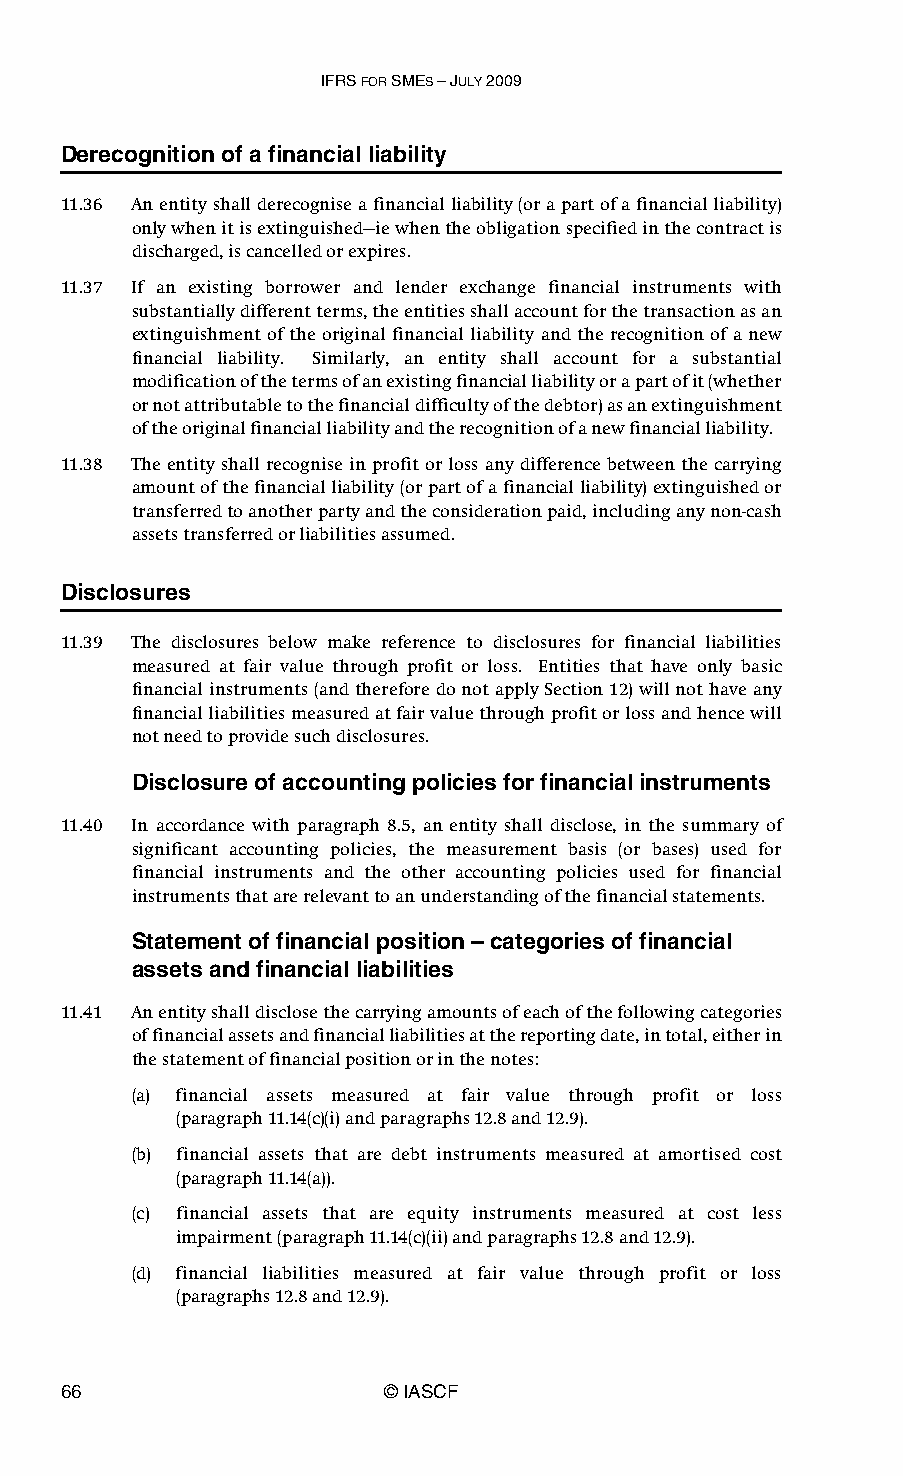
IFRS FOR SMES – JULY 2009
 Derecognition of a financial liability
 11.36 An entity shall derecognise a financial liability (or a part of a financial liability)
 only when it is extinguished—ie when the obligation specified in the contract is
 discharged, is cancelled or expires.
 11.37 If an existing borrower and lender exchange financial instruments with
 substantially different terms, the entities shall account for the transaction as an
 extinguishment of the original financial liability and the recognition of a new
 financial liability. Similarly, an entity shall account for a substantial
 modification of the terms of an existing financial liability or a part of it (whether
 or not attributable to the financial difficulty of the debtor) as an extinguishment
 of the original financial liability and the recognition of a new financial liability.
 11.38 The entity shall recognise in profit or loss any difference between the carrying
 amount of the financial liability (or part of a financial liability) extinguished or
 transferred to another party and the consideration paid, including any non-cash
 assets transferred or liabilities assumed.
 Disclosures
 11.39 The disclosures below make reference to disclosures for financial liabilities
 measured at fair value through profit or loss. Entities that have only basic
 financial instruments (and therefore do not apply Section 12) will not have any
 financial liabilities measured at fair value through profit or loss and hence will
 not need to provide such disclosures.
 Disclosure of accounting policies for financial instruments
 11.40 In accordance with paragraph 8.5, an entity shall disclose, in the summary of
 significant accounting policies, the measurement basis (or bases) used for
 financial instruments and the other accounting policies used for financial
 instruments that are relevant to an understanding of the financial statements.
 Statement of financial position – categories of financial
 assets and financial liabilities
 11.41 An entity shall disclose the carrying amounts of each of the following categories
 of financial assets and financial liabilities at the reporting date, in total, either in
 the statement of financial position or in the notes:
 (a) financial assets measured at fair value through profit or loss
 (paragraph11.14(c)(i) and paragraphs 12.8 and 12.9).
 (b) financial assets that are debt instruments measured at amortised cost
 (paragraph 11.14(a)).
 (c) financial assets that are equity instruments measured at cost less
 impairment (paragraph 11.14(c)(ii) and paragraphs 12.8 and 12.9).
 (d) financial liabilities measured at fair value through profit or loss
 (paragraphs 12.8 and 12.9).
 66                    © IASCF